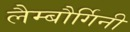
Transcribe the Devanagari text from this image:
लैम्बौर्गिनी